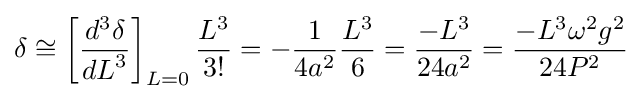
\delta \cong \left[{\frac {d^{3}\delta }{{dL}^{3}}}\right]_{L=0}{\frac {L^{3}}{3!}}=-{\frac {1}{4a^{2}}}{\frac {L^{3}}{6}}={\frac {-L^{3}}{24a^{2}}}={\frac {-L^{3}\omega ^{2}g^{2}}{24P^{2}}}